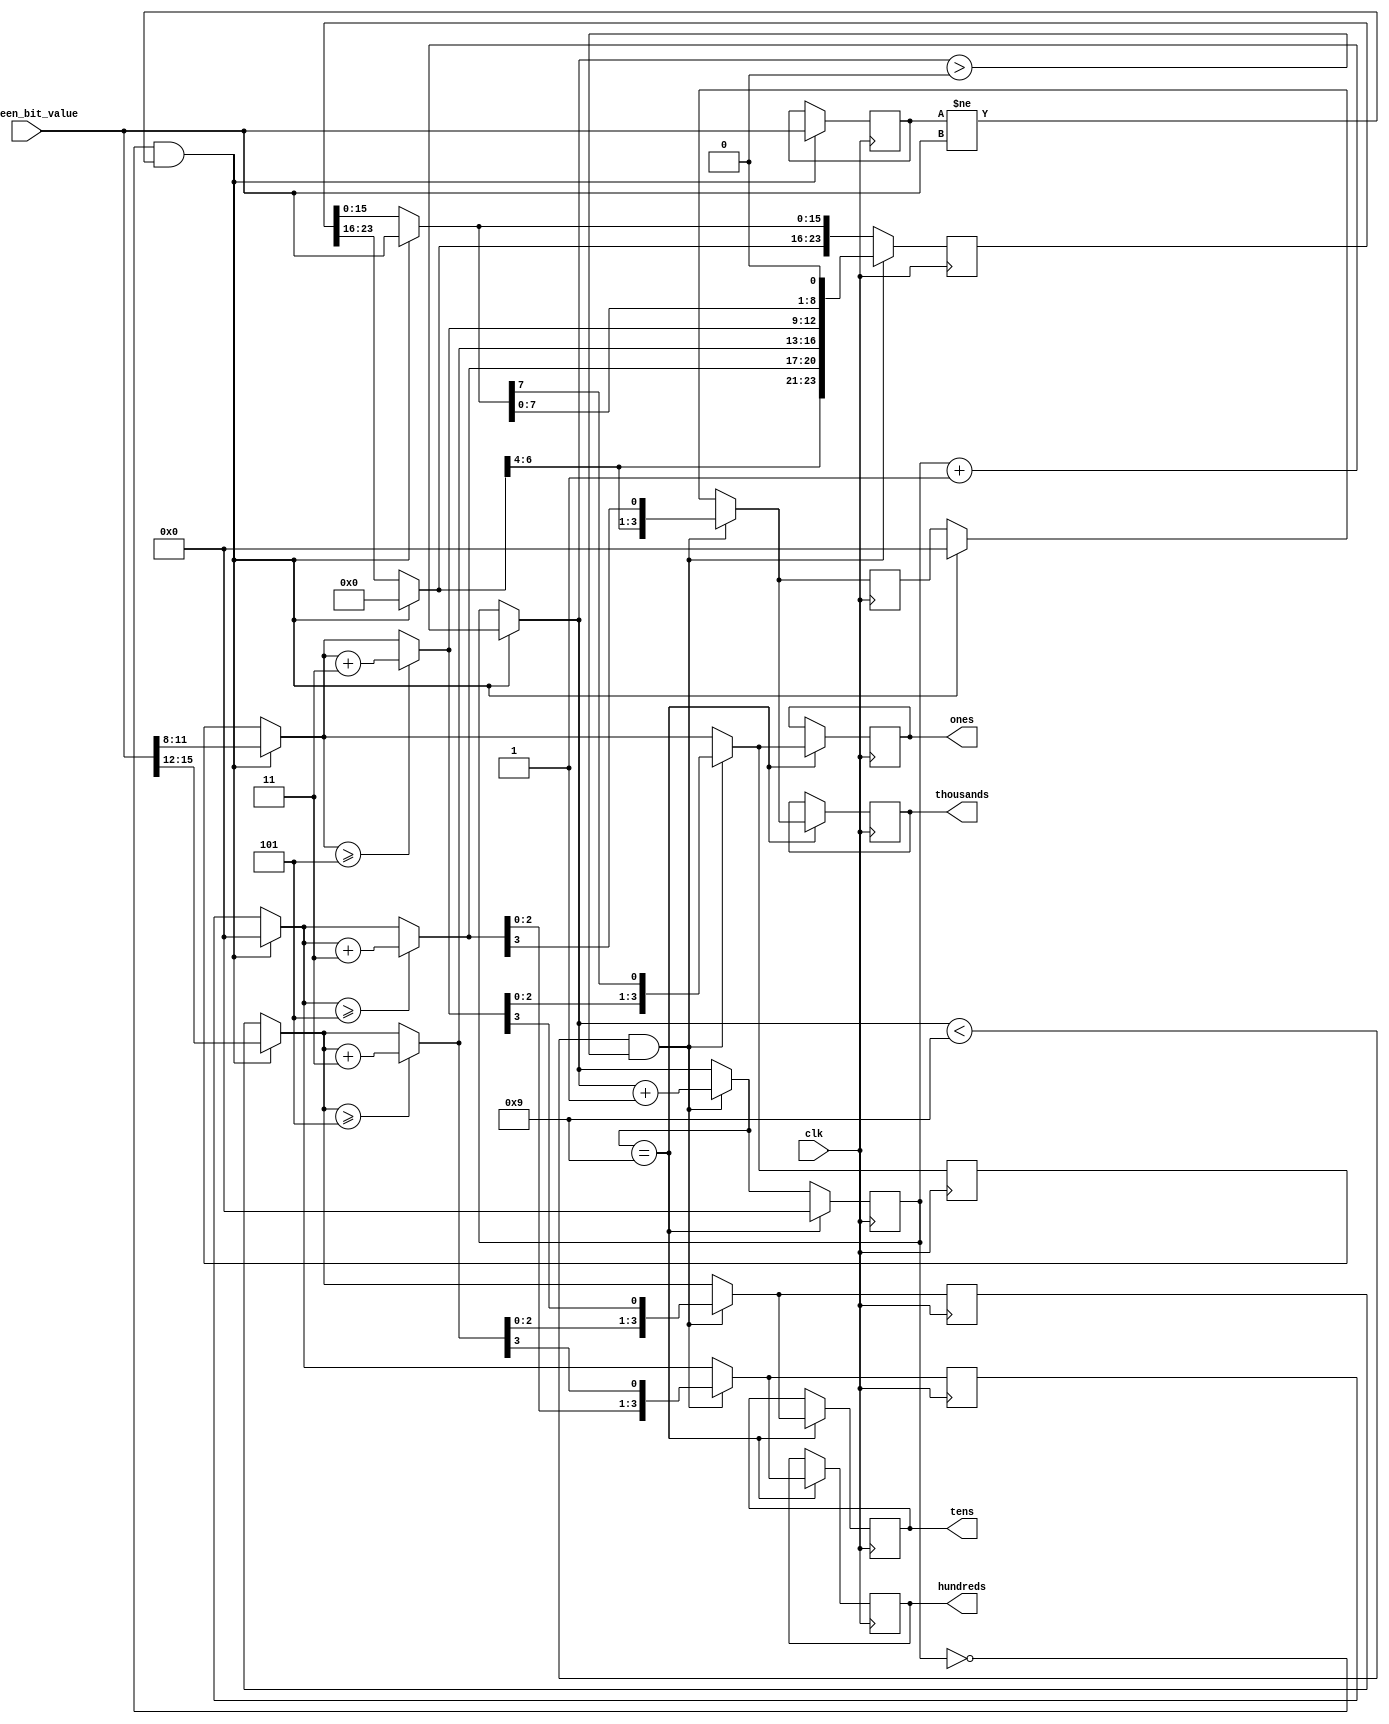
`timescale 10ns/1ns

module binary_to_bcd_big(
	input clk,
	input [15:0] sixteen_bit_value,
	output reg [3:0] ones = 0,
	output reg [3:0] tens = 0,
	output reg [3:0] hundreds = 0,
	output reg [3:0] thousands = 0
	);
	
reg [3:0] i = 0;
reg [23:0] shift_register = 0;
reg [3:0] temp_ones = 0;
reg [3:0] temp_tens = 0;
reg [3:0] temp_hunndreds = 0;
reg [3:0] temp_thousands = 0;
reg [15:0] old_sixteen_bit_value = 0;

always @(posedge clk)
	begin
		if((i==0) & (old_sixteen_bit_value != sixteen_bit_value))
			begin
				shift_register = 24'd0;
				old_sixteen_bit_value = sixteen_bit_value;
				shift_register[15:0] = sixteen_bit_value;
				temp_thousands = shift_register[23:20];
				temp_hunndreds = shift_register[19:16];
				temp_tens = shift_register[15:12];
				temp_ones = shift_register[11:8];
				i = i + 1;
			end
		if(i < 9 & i > 0)
			begin
				if(temp_thousands >= 5) temp_thousands = temp_thousands + 3;
				if(temp_hunndreds >= 5) temp_hunndreds = temp_hunndreds + 3;
				if(temp_tens >= 5) temp_tens = temp_tens + 3;
				if(temp_ones >= 5) temp_ones = temp_ones + 3;
				shift_register[19:8] = {temp_thousands, temp_hunndreds, temp_tens, temp_ones};
				shift_register	= shift_register << 1;
				temp_thousands = shift_register[23:20];
				temp_hunndreds = shift_register[19:16];
				temp_tens = shift_register[15:12];
				temp_ones = shift_register[11:8];
				i = i + 1;
			end
		if(i == 9)
			begin
				i = 0;
				thousands = temp_thousands;
				hundreds = temp_hunndreds;
				tens = temp_tens;
				ones = temp_ones;
			end
	end
endmodule